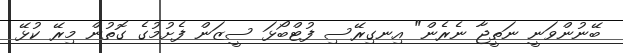
ބޭނުންވަނީ ނަތީޖާ ނެރެން" އިނގިރޭސި ފުޓްބޯޅަ ސީޒަން ފެށުމުގެ ގޮތުން މިރޭ ކުޅޭ